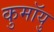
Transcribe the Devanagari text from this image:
कुमॉयु